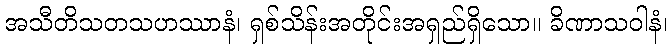
အသီတိသတသဟဿာနံ၊ ရှစ်သိန်းအတိုင်းအရှည်ရှိသော။ ခိဏာသဝါနံ၊